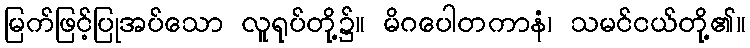
မြက်ဖြင့်ပြုအပ်သော လူရုပ်တို့၌။ မိဂပေါတကာနံ၊ သမင်ငယ်တို့၏။